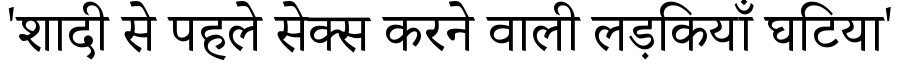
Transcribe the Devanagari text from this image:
'शादी से पहले सेक्स करने वाली लड़कियाँ घटिया'